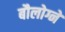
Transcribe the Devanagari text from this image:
बौलोग्ने